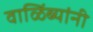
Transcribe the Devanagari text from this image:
वाळिंब्यांनी